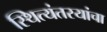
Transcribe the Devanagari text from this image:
स्थित्यंतरयांचा